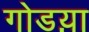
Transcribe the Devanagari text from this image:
गोडय़ा